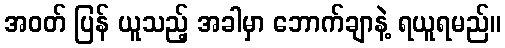
အဝတ် ပြန် ယူသည့် အခါမှာ ဘောက်ချာနဲ့ ရယူရမည်။